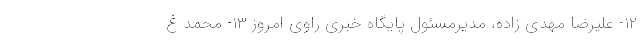
۱۲- علیرضا مهدی زاده، مدیرمسئول پایگاه خبری راوی امروز ۱۳- محمد غ